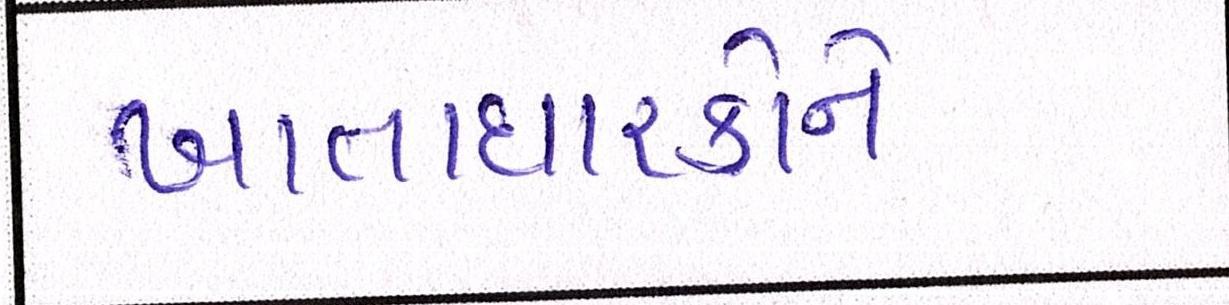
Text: ખાતાધારકોને